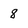
Character: 8